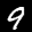
Label: 9